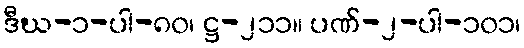
ဒီဃ-၁-ပါ-၈၀၊ ဋ္ဌ-၂၁၁။ ပဏ်-၂-ပါ-၁၀၁၊